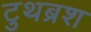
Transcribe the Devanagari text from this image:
टुथब्रश